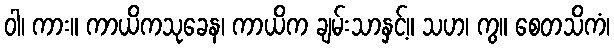
ဝါ၊ ကား။ ကာယိကသုခေန၊ ကာယိက ချမ်းသာနှင့်။ သဟ၊ ကွ။ စေတသိကံ၊